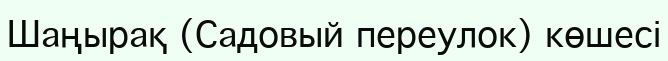
Шаңырақ (Садовый переулок) көшесі